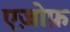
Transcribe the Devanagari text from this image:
एज़ोफ़